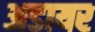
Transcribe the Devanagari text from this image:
अडायर